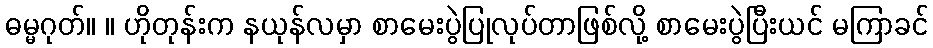
ဓမ္မဂုတ်။ ။ ဟိုတုန်းက နယုန်လမှာ စာမေးပွဲပြုလုပ်တာဖြစ်လို့ စာမေးပွဲပြီးယင် မကြာခင်